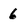
Character: 6